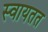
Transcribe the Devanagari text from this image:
स्वायतत